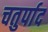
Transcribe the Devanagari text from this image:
चतुर्पाद